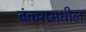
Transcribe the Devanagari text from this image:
बंकरामधील